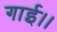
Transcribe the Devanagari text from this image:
गाई।।